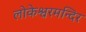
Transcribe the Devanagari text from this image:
लोकेश्वरमन्दिर